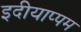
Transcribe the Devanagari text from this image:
इदीयाप्पम